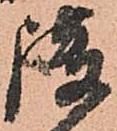
護